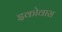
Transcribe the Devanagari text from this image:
इकोवास